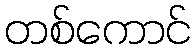
တစ်ကောင်